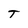
Character: T